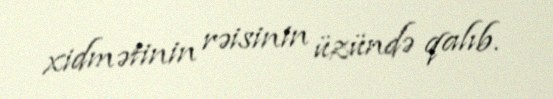
xidmətinin rəisinin üzündə qalıb.